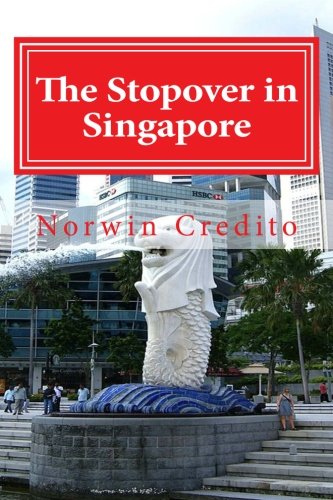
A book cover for The Stopover in Singapore: Top Sights to See in Singapore; Norwin Dualan Credito; Travel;